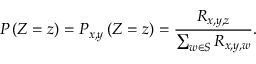
P \left( Z = z \right) = P _ { x , y } \left( Z = z \right) = \frac { R _ { x , y , z } } { \sum _ { w \in S } R _ { x , y , w } } .